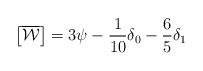
LaTeX: \begin{align*}\left[\overline{\mathcal{W}}\right]=3\psi-\frac{1}{10}\delta_0-\frac{6}{5}\delta_1\end{align*}